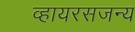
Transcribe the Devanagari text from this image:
व्हायरसजन्य